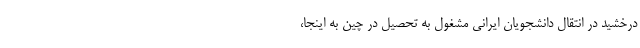
درخشید در انتقال دانشجویان ایرانی مشغول به تحصیل در چین به اینجا،